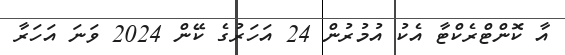
އާ ކޮންޓްރެކްޓާ އެކު އުމުރުން 24 އަހަރުގެ ކޭން 2024 ވަނަ އަހަރާ